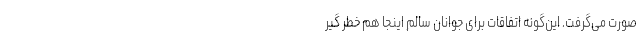
صورت می‌گرفت. این‌گونه اتفاقات برای جوانان سالم اینجا هم خطر گیر